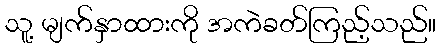
သူ့ မျက်နှာထားကို အကဲခတ်ကြည့်သည်။